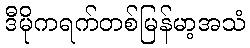
ဒီမိုကရက်တစ်မြန်မာ့အသံ